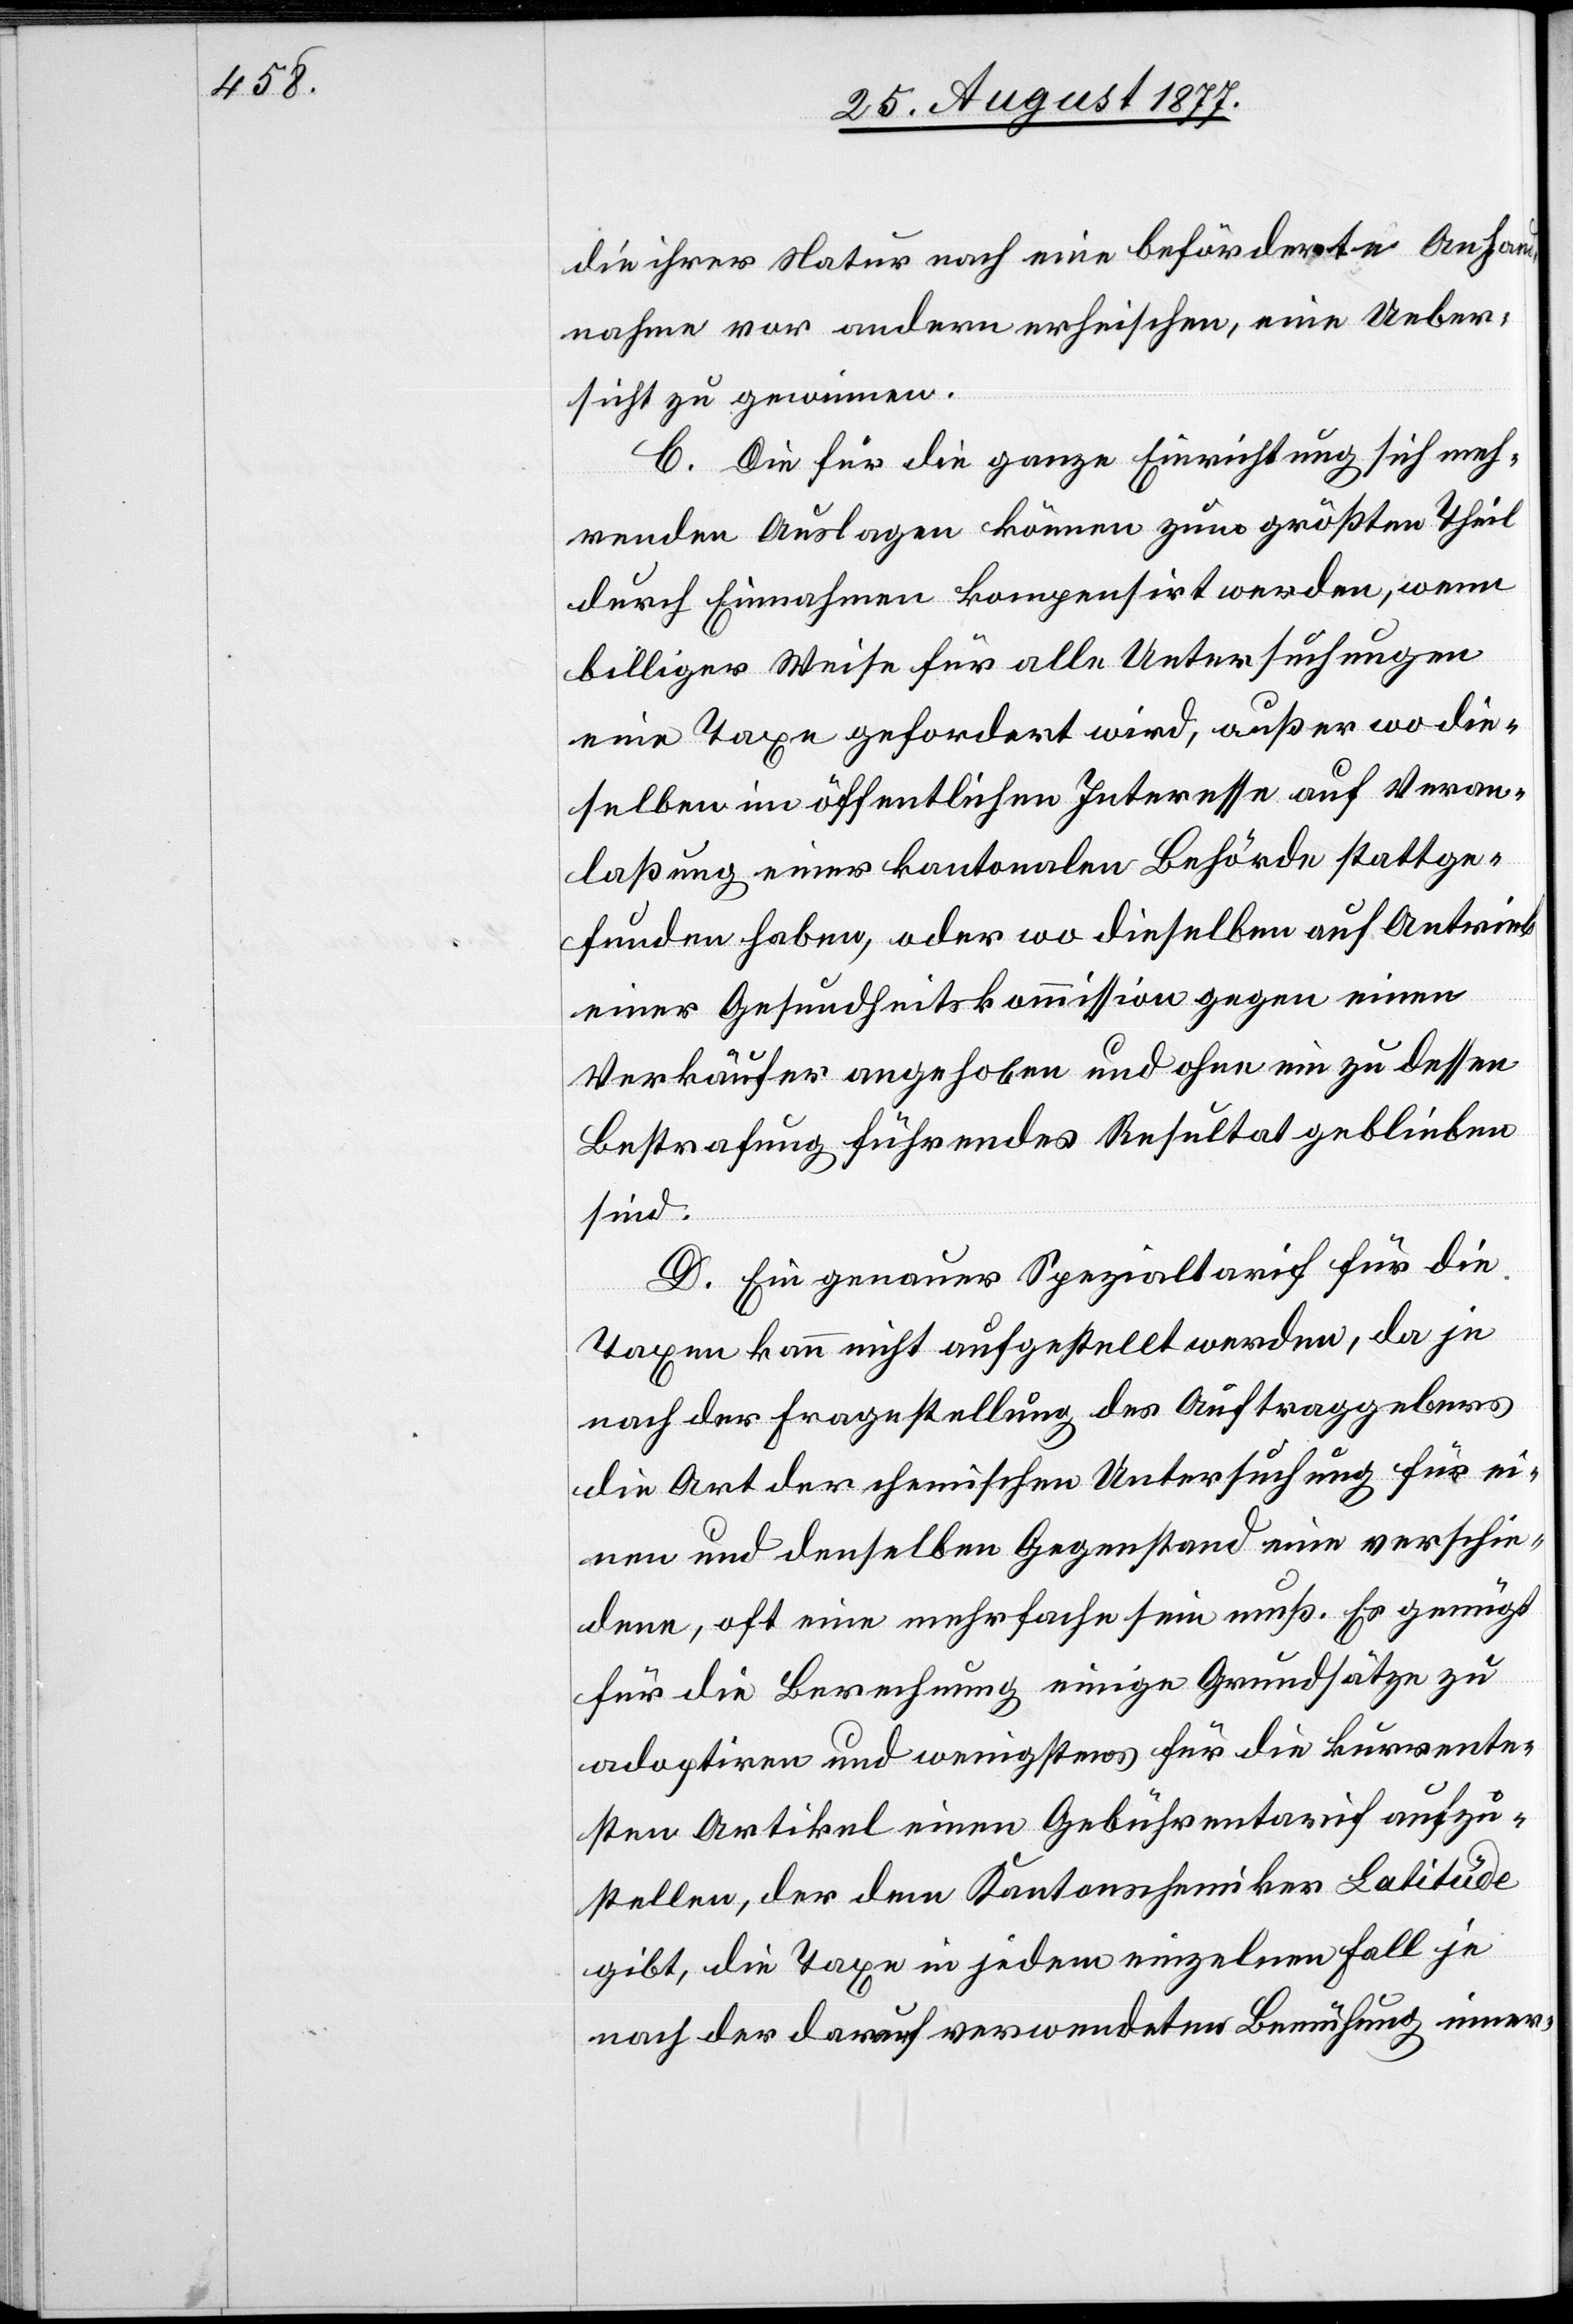
die ihrer Natur nach eine beförderte Anhand¬
nahme vor andern erheischen, eine Ueber¬
sicht zu gewinnen.
C. Die für die ganze Einrichtung sich meh¬
renden Auslagen können zum größten Theil
durch Einnahmen kompensirt werden, wenn
billiger Weise für alle Untersuchungen
eine Taxe gefordert wird, außer wo die¬
selben im öffentlichen Interesse auf Veran¬
laßung einer kantonalen Behörde stattge¬
funden haben, oder wo dieselben auf Antrieb
einer Gesundheitskommission gegen einen
Verkäufer angehoben und ohne ein zu dessen
Bestrafung führendes Resultat geblieben
sind.
D. Ein genauer Spezialtarif für die
Taxen kann nicht aufgestellt werden, da je
nach der Fragestellung des Auftraggebers
die Art der chemischen Untersuchung für ei¬
nen und denselben Gegenstand eine verschie¬
dene, oft eine mehrfache sein muß. Es genügt
für die Berechnung einige Grundsätze zu
adoptiren und wenigstens für die kurrente¬
sten Artikel einen Gebührentarif aufzu¬
stellen, der dem Kantonschemiker Latitüde
gibt, die Taxe in jedem einzelnen Fall je
nach der darauf verwendeten Bemühung inner-